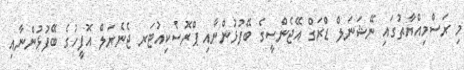
މި ރަސްމިއްޔާތުގައި ނޭޝަނަލް ޑްރަގް އޭޖެންސީގެ ބޭފުޅުންނާއި ޕްރޮސެކިއުޓަރ ޖެނެރަލް އޮފީހުގެ ބޭފުޅުންނާއި